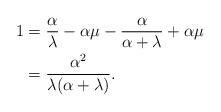
LaTeX: \begin{align*}1 &= \frac{\alpha}{\lambda} - \alpha \mu - \frac{\alpha}{\alpha + \lambda} + \alpha \mu\\&= \frac{\alpha^2}{\lambda(\alpha + \lambda)}.\end{align*}